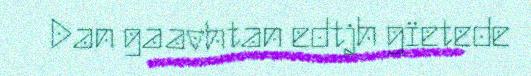
Dan gaavhtan edtjh gïetede